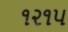
૧૨૧૫